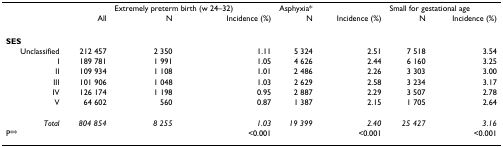
<table><thead><tr><td></td><td></td><td colspan="2"><b>Extremely preterm birth (w 24–32)</b></td><td colspan="2"><b>Asphyxia*</b></td><td colspan="2"><b>Small for gestational age</b></td></tr><tr><td></td><td><b>All</b></td><td><b>N</b></td><td><b>Incidence (%)</b></td><td><b>N</b></td><td><b>Incidence (%)</b></td><td><b>N</b></td><td><b>Incidence (%)</b></td></tr></thead><tbody><tr><td><b>SES</b></td><td></td><td></td><td></td><td></td><td></td><td></td><td></td></tr><tr><td>Unclassified</td><td>212 457</td><td>2 350</td><td>1.11</td><td>5 324</td><td>2.51</td><td>7 518</td><td>3.54</td></tr><tr><td>I</td><td>189 781</td><td>1 991</td><td>1.05</td><td>4 626</td><td>2.44</td><td>6 160</td><td>3.25</td></tr><tr><td>II</td><td>109 934</td><td>1 108</td><td>1.01</td><td>2 486</td><td>2.26</td><td>3 303</td><td>3.00</td></tr><tr><td>III</td><td>101 906</td><td>1 048</td><td>1.03</td><td>2 629</td><td>2.58</td><td>3 234</td><td>3.17</td></tr><tr><td>IV</td><td>126 174</td><td>1 198</td><td>0.95</td><td>2 887</td><td>2.29</td><td>3 507</td><td>2.78</td></tr><tr><td>V</td><td>64 602</td><td>560</td><td>0.87</td><td>1 387</td><td>2.15</td><td>1 705</td><td>2.64</td></tr><tr><td><i>Total</i></td><td><i>804 854</i></td><td><i>8 255</i></td><td><i>1.03</i></td><td><i>19 399</i></td><td><i>2.40</i></td><td><i>25 427</i></td><td><i>3.16</i></td></tr><tr><td>P**</td><td></td><td></td><td>&lt;0.001</td><td></td><td>&lt;0.001</td><td></td><td>&lt;0.001</td></tr></tbody></table>